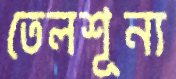
তেলশূন্য